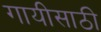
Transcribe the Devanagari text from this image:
गायीसाठी